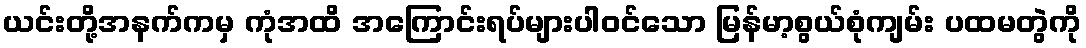
ယင်းတို့အနက်ကမှ ကုံအထိ အကြောင်းရပ်များပါဝင်သော မြန်မာ့စွယ်စုံကျမ်း ပထမတွဲကို